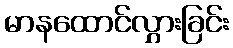
မာနထောင်လွှားခြင်း